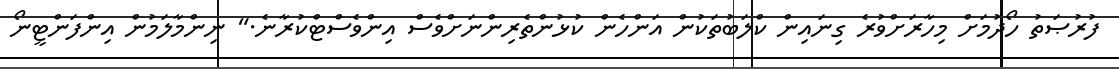
ފުރުޞަތު ހޯދުމަށް މިހާރަށްވުރެ ގިނައިން ކްލަބުތަކުން އަންހެން ކުޅުންތެރިންނަށްވެސް އިންވެސްޓްކުރާނެ." ނިންމާލަމުން އިންފަންޓީނޯ